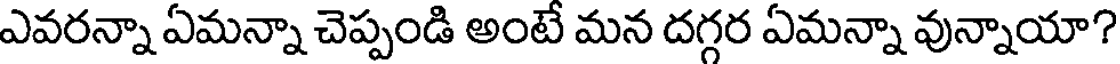
ఎవరన్నా ఏమన్నా చెప్పండి అంటే మన దగ్గర ఏమన్నా వున్నాయా?